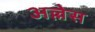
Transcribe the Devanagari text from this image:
अल्लेस